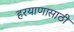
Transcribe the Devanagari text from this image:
हरयाणासाठी